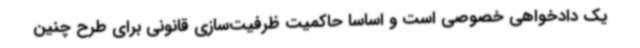
یک دادخواهی خصوصی است و اساساً حاکمیت ظرفیت‌سازی قانونی برای طرح چنین